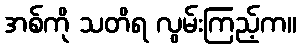
အစ်ကို သတိရ လွမ်းကြည့်က။